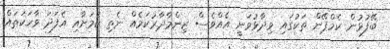
ބޭފުޅުން ކެމްޕޭން ތަކުގައި ވިދާޅުވަނީ އެއްވެސް ޒިންމާދާރުކަމެއް ނެތި ކަމަށާއި އެފަދަ ވާހަކަތައް